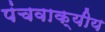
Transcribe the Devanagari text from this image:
पंचवाक्यीय